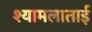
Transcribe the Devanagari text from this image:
श्यामलाताई